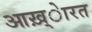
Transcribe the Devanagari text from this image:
आख़्ेारत